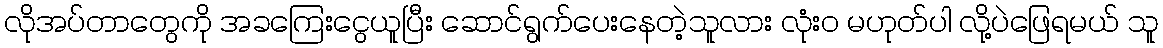
လိုအပ်တာတွေကို အခကြေးငွေယူပြီး ဆောင်ရွက်ပေးနေတဲ့သူလား လုံးဝ မဟုတ်ပါ လို့ပဲဖြေရမယ် သူ